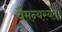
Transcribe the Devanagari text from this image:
वैमन्यस्यता